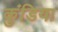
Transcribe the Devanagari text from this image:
कुंडिया